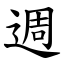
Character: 週